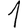
Digit: 1